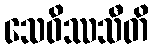
သေဝိဿသီတိ